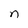
Character: n